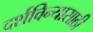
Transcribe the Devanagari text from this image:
दर्शविन्यासाठी